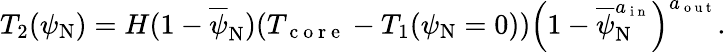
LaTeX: T_{2}(\psi_{\mathrm{N}})=H(1-\overline{{\psi}}_{\mathrm{N}})(T_{\mathrm{~c~o~r~e~}}-T_{1}(\psi_{\mathrm{N}}=0))\left(1-\overline{{\psi}}_{\mathrm{N}}^{a_{\mathrm{~i~n~}}}\right)^{a_{\mathrm{~o~u~t~}}}.